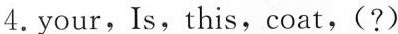
4. your, Is, this, coat, ( ? )